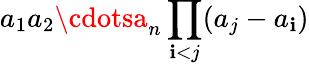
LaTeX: a_{1}a_{2}\cdotsa_{n}\prod_{\mathbf{i}<j}(a_{j}-a_{\mathbf{i}})